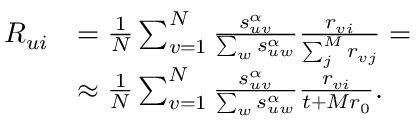
\begin{array} { r l } { R _ { u i } } & { = \frac { 1 } { N } \sum _ { v = 1 } ^ { N } \frac { s _ { u v } ^ { \alpha } } { \sum _ { w } s _ { u w } ^ { \alpha } } \frac { r _ { v i } } { \sum _ { j } ^ { M } r _ { v j } } = } \\ & { \approx \frac { 1 } { N } \sum _ { v = 1 } ^ { N } \frac { s _ { u v } ^ { \alpha } } { \sum _ { w } s _ { u w } ^ { \alpha } } \frac { r _ { v i } } { t + M r _ { 0 } } . } \end{array}